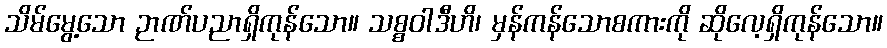
သိမ်မွေ့သော ဉာဏ်ပညာရှိကုန်သော။ သစ္စဝါဒီဟိ၊ မှန်ကန်သောစကားကို ဆိုလေ့ရှိကုန်သော။